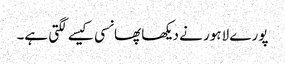
پورے لاہور نے دیکھا پھانسی کیسے لگتی ہے۔